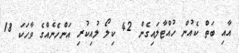
އާއި ބަތް ކެއުން ހުއްޓާލައިގެން 42 ކިލޯ ލުއިކުރި އަންހެނެއްގެ ވާހަކަ 18